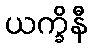
ယက္ခိနီ